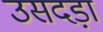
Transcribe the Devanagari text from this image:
उसदड़ा